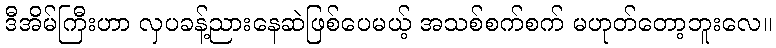
ဒီအိမ်ကြီးဟာ လှပခန့်ညားနေဆဲဖြစ်ပေမယ့် အသစ်စက်စက် မဟုတ်တော့ဘူးလေ။